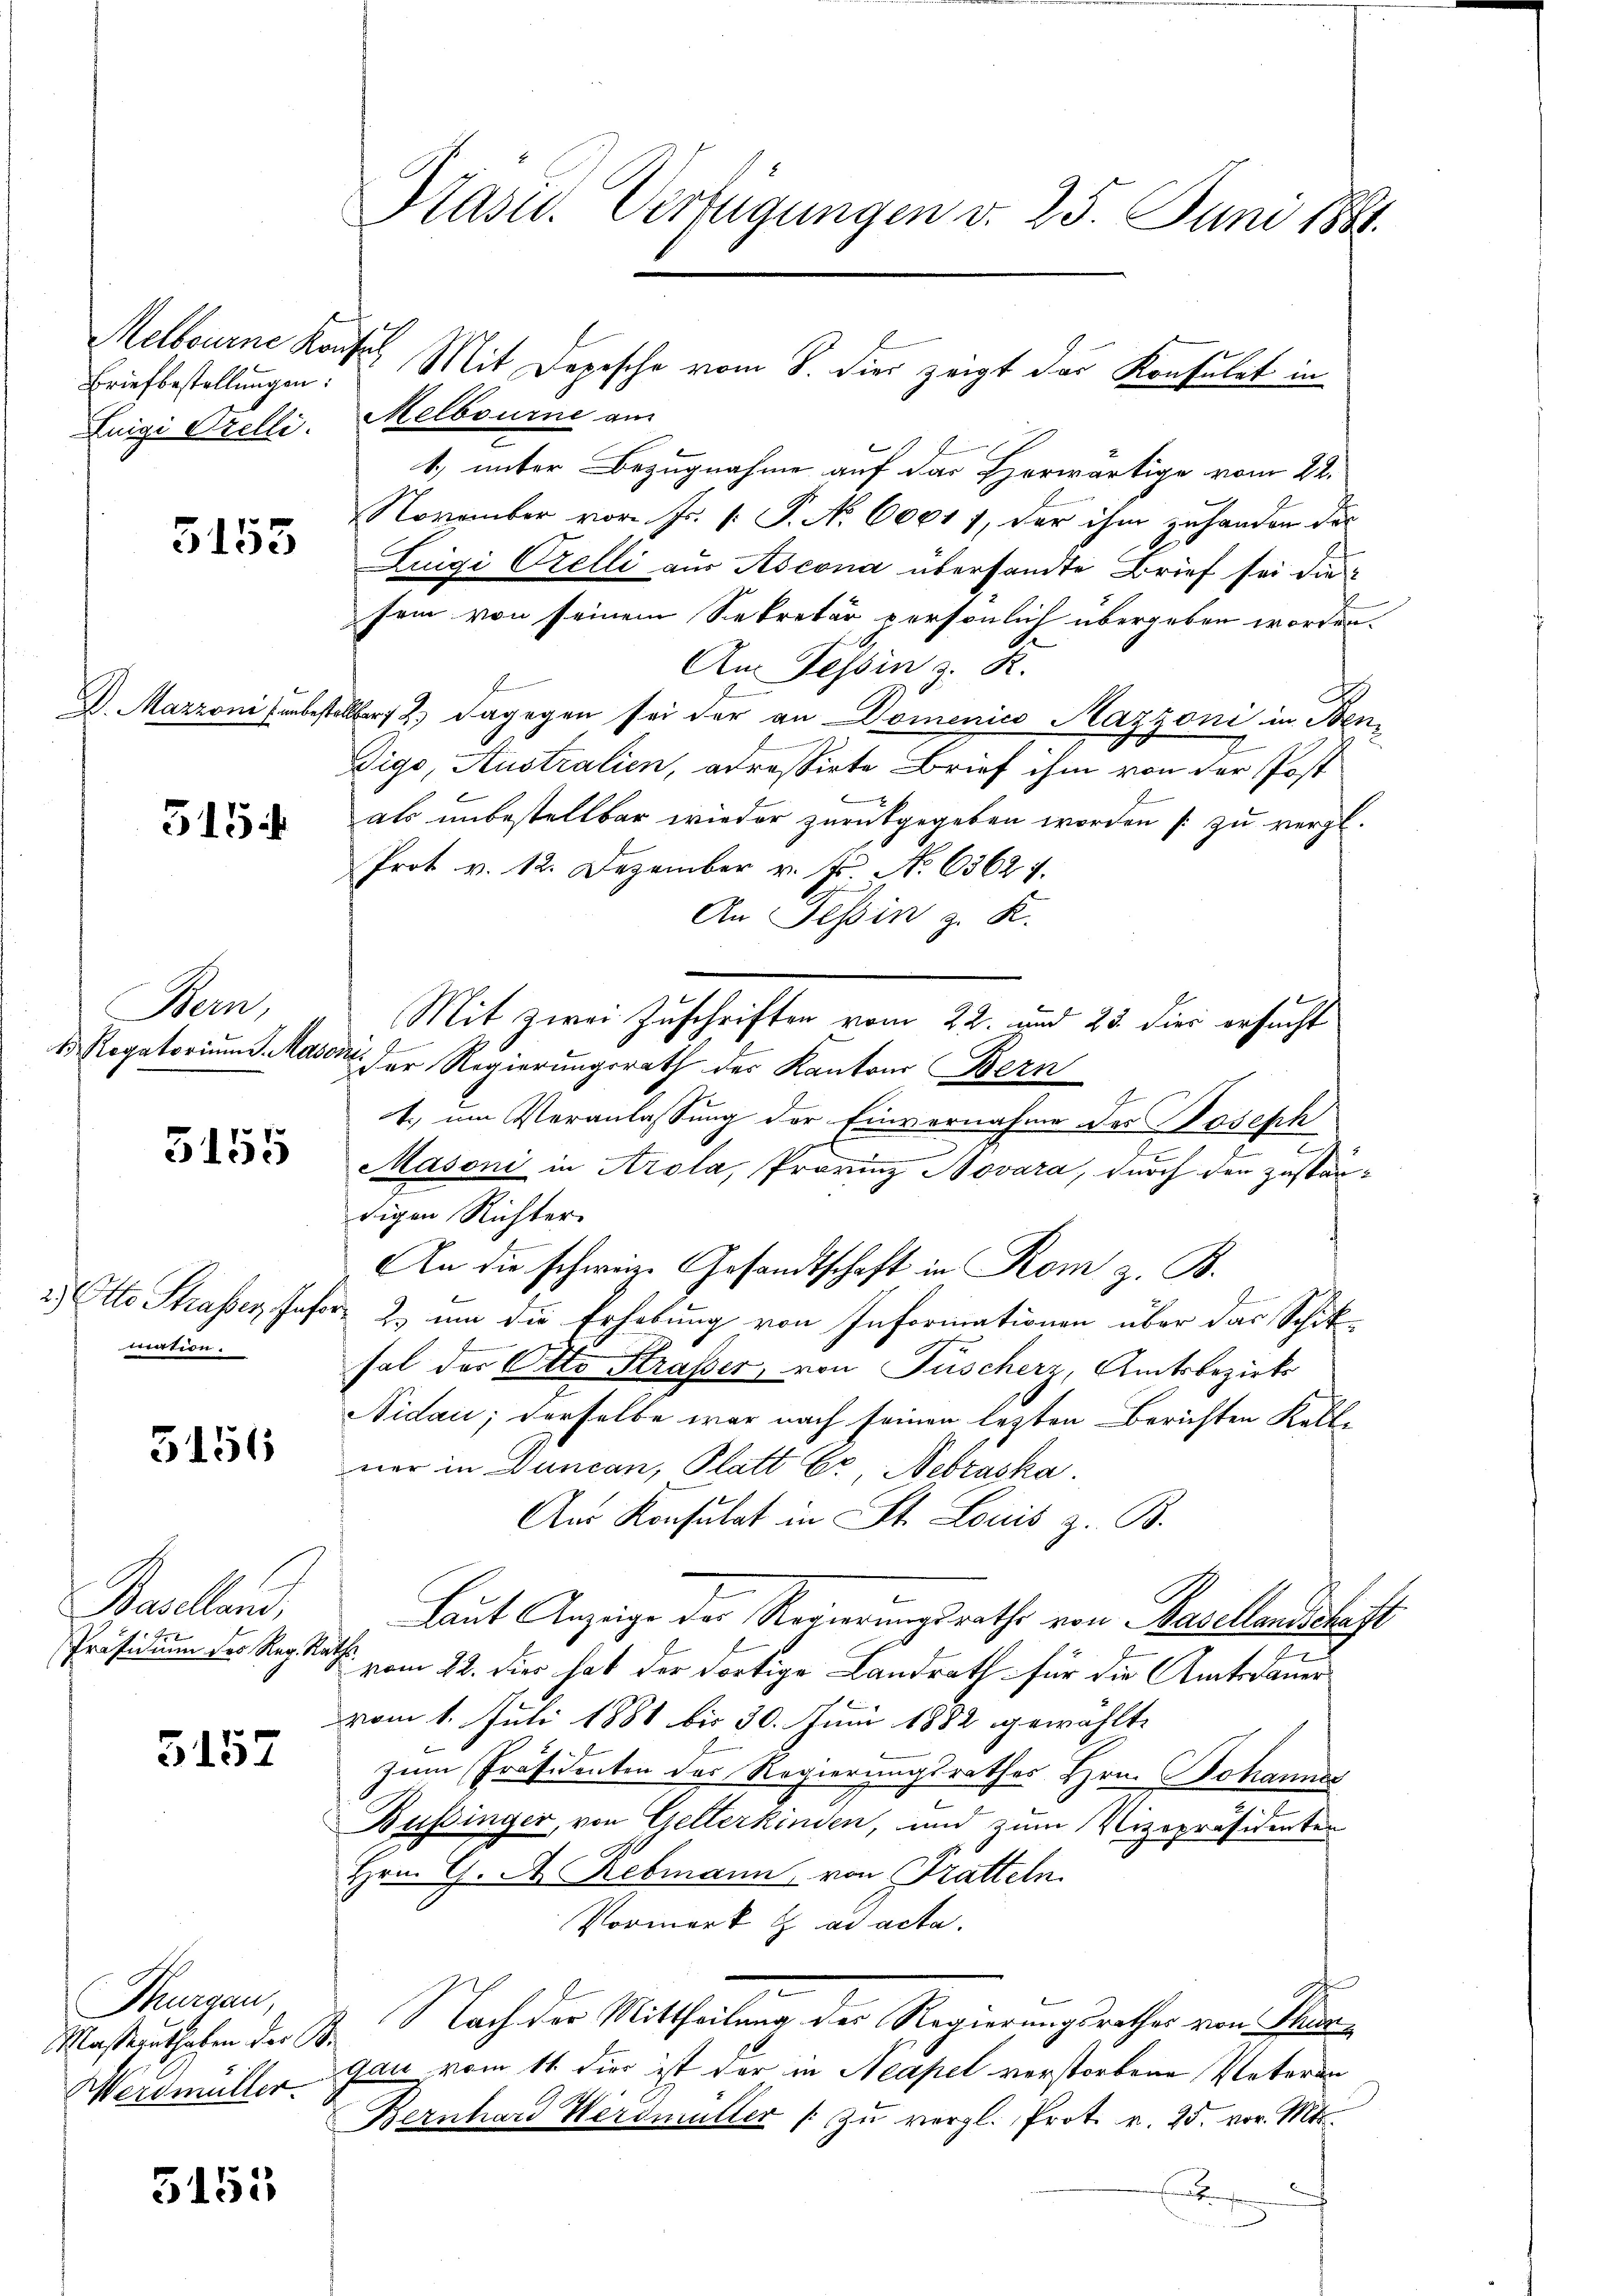
Melbourne Konfi
Briefbestellungen:
Enige Prelli.

5155

D. Marzoni unbest

515.

Bem
D Rogatorium d. Maso.

5155

2.) Otto Strasser, Jaso
mation.

5151

Baselland,
Präsidium der Reg. Ra¬

5157

Thurgau,
Massernt haben der 60
Werdmüller

5153

Pasu. Verfügungen v. 25. Juni 1884.

Melbourne am
1) unter Bezugnahme auf das Horwärtige vom 22.
NNovember vor Fr. 1. P. N. 60017, der ihm zu handen des
Zuigi Orelli aus Ascona übersandte Brief sei die
sein von seinem Sekretär persönlich übergeben worden.
An Tessin z. R.
allber 2) dagegen sei der an Domenico Mazzoni in Ben¬
Digo, Australien, adressirte Brief ihm von der Post
als unbestellbar wieder zurückgegeben worden [zu vergl.
Prot v. 12. Dezember v. Js. No. 63624.
An Tessin z. K.
Mit zwei Zuschriften vom 22. und 23. dies ersucht
 der Regierungsrath der Kantons Bern
.
1. um Veranlassung der Einvernahme des Joseph
Masoni in Arola, Provinz Novara, durch den zuständigen Richter.
An die schweiz. Gesandtschaft in Rom z. B.
 2. um die Erhebung von Informationen über das Schick-
sal der Otto Strasser, von Füscherz, Amtsbezirks
Nidau; derselbe war nach seinen letzten Berichten Kelle
ner in Duncan, Platt Er Nebraska
Aus Konsulat in St. Louis z. B.
Laut Anzüge der Regierungsrathe von Basellandschaft
H
vom 22. dies hat der dortige Landrath für die Amtsdauer
vom 1. Juli 1881 bis 30. Juni 1882 gewählte
zum Präsidenten des Regierungsrathes Hrn. Johannes
Büssinger, von Gelterkinden, und zum Vizepräsidenten
Hrn. C. A. Rebmann von Tratteln.
Pormerk E ad acta.
Nach der Mittheilung des Regierungsrathes von Thurgau vom 11. dies ist der in Neapel verstorbene Vaterun
Bernhard Werdmüller zu vergl. Prot. v. 25. vor. Mts.

e

Mit Depesche vom 8. dies zeigt das Konsulat in